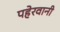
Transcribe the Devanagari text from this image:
पहेरवानी